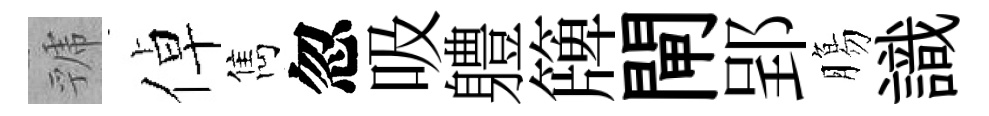
虢倬雋忽吸軆簰閘郢膓識